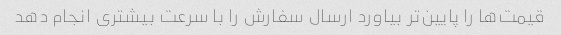
قیمت‌ها را پایین‌تر بیاورد ارسال سفارش را با سرعت بیشتری انجام دهد